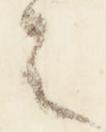
之